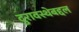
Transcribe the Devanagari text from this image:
दुरावस्थेबद्दल